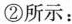
②所示：